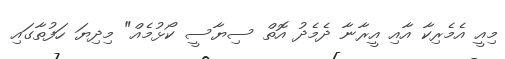
މިއީ އެމެރިކާ އާއި އީރާނާ ދެމެދު އޮތް ސިޔާސީ ކޯޅުމެއް" މިދިޔަ ހަފުތާގައި